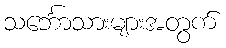
သင်္ဘောသားများအတွက်